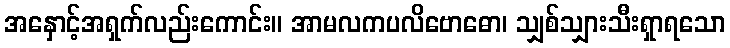
အနှောင့်အရှက်လည်းကောင်း။ အာမလကပလိဗောဓော၊ သျှစ်သျှားသီးရှာရသော